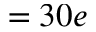
= 3 0 e